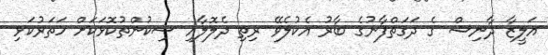
އަލީޒާ ދާނިޝް ގެ ދަގަތްފާނުގެ ބާރު އެކުލެވޭ ރިތި ދެލޮލާއި ސިކުންތުކޮޅަކަށް ހަތަރުކަޅި